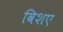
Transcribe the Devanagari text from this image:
विशए